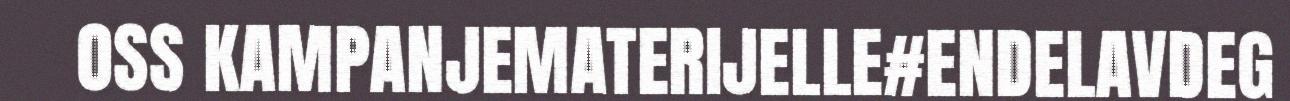
OSS KAMPANJEMATERIJELLE#ENDELAVDEG